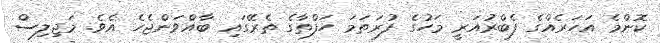
ކޮންމެ އަހަރެއްގެ ފެބްރުއަރީ މަހުގެ ފުރަތަމަ ހަފްތާގެ ތެރޭގައި ބާއްވަންޖެހެ އެވެ. މަޖިލިސް